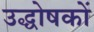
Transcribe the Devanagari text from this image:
उद्धोषकों